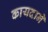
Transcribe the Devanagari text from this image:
कायदाने